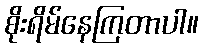
စိုးရိမ်နေကြတာပါ။